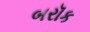
બરૉક